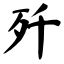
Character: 歼